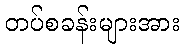
တပ်စခန်းများအား